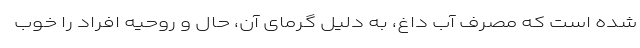
شده است که مصرف آب داغ، به دلیل گرمای آن، حال و روحیه افراد را خوب